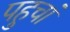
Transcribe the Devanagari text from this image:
पहुचां